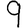
Digit: 9